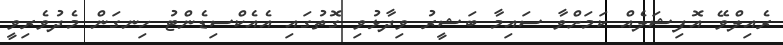
ރެއިލްވޭ އޮފިޝަލެއް ކަމަށްވާ ސައިމާ ބަޝީރު ވިދާޅުވި ގޮތުގައި އެއެކްސިޑެންޓު ހިނގަން މެދުވެރިވީ